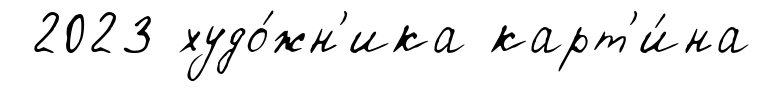
2023 худо́жн'ика карт'и́на